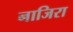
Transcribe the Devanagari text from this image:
नाजिरा